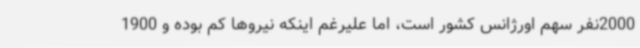
2000نفر سهم اورژانس کشور است، اما علیرغم اینکه نیروها کم بوده و 1900